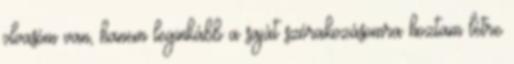
olvasóm van, hanem leginkább a saját szórakozásomra hoztam létre